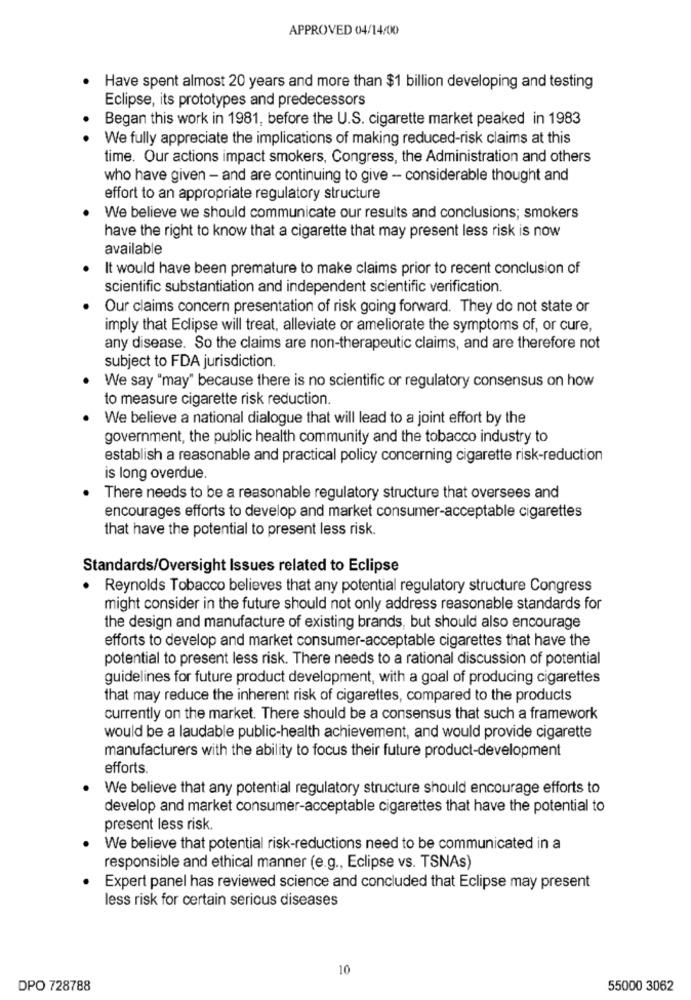
APPROVED 04/14/00
Have spent almost 20 years and more than $1 billion developing and testing
Eclipse, its prototypes and predecessors
Began this work in 1981, before the U.S. cigarette market peaked in 1983
We fully appreciate the implications of making reduced-risk claims at this
time. Our actions impact smokers, Congress, the Administration and others
who have given - and are continuing to give - considerable thought and
effort to an appropriate regulatory structure
We believe we should communicate our results and conclusions; smokers
have the right to know that a cigarette that may present less risk is now
available
It would have been premature to make claims prior to recent conclusion of
scientific substantiation and independent scientific verification.
Our claims concern presentation of risk going forward. They do not state or
imply that Eclipse will treat, alleviate or ameliorate the symptoms of, or cure,
any disease. So the claims are non-therapeutic claims, and are therefore not
subject to FDA jurisdiction.
We say "may" because there is no scientific or regulatory consensus on how
to measure cigarette risk reduction.
We believe a national dialogue that will lead to a joint effort by the
government, the public health community and the tobacco industry to
establish a reasonable and practical policy concerning cigarette risk-reduction
is long overdue.
There needs to be a reasonable regulatory structure that oversees and
encourages efforts to develop and market consumer-acceptable cigarettes
that have the potential to present less risk.
Standards/Oversight Issues related to Eclipse
. Reynolds Tobacco believes that any potential regulatory structure Congress
might consider in the future should not only address reasonable standards for
the design and manufacture of existing brands, but should also encourage
efforts to develop and market consumer-acceptable cigarettes that have the
potential to present less risk. There needs to a rational discussion of potential
guidelines for future product development, with a goal of producing cigarettes
that may reduce the inherent risk of cigarettes, compared to the products
currently on the market. There should be a consensus that such a framework
would be a laudable public-health achievement, and would provide cigarette
manufacturers with the ability to focus their future product-development
efforts.
We believe that any potential regulatory structure should encourage efforts to
develop and market consumer-acceptable cigarettes that have the potential to
present less risk.
We believe that potential risk-reductions need to be communicated in a
responsible and ethical manner (e.g ., Eclipse vs. TSNAs)
Expert panel has reviewed science and concluded that Eclipse may present
less risk for certain serious diseases
10
DPO 728788
55000 3062